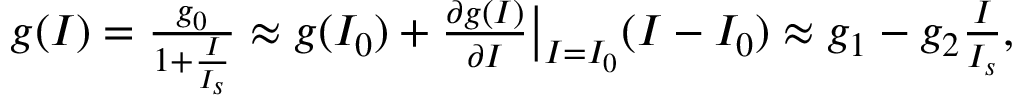
\begin{array} { r } { g ( I ) = \frac { g _ { 0 } } { 1 + \frac { I } { I _ { s } } } \approx g ( I _ { 0 } ) + \frac { \partial g ( I ) } { \partial I } \big | _ { I = I _ { 0 } } ( I - I _ { 0 } ) \approx g _ { 1 } - g _ { 2 } \frac { I } { I _ { s } } , } \end{array}